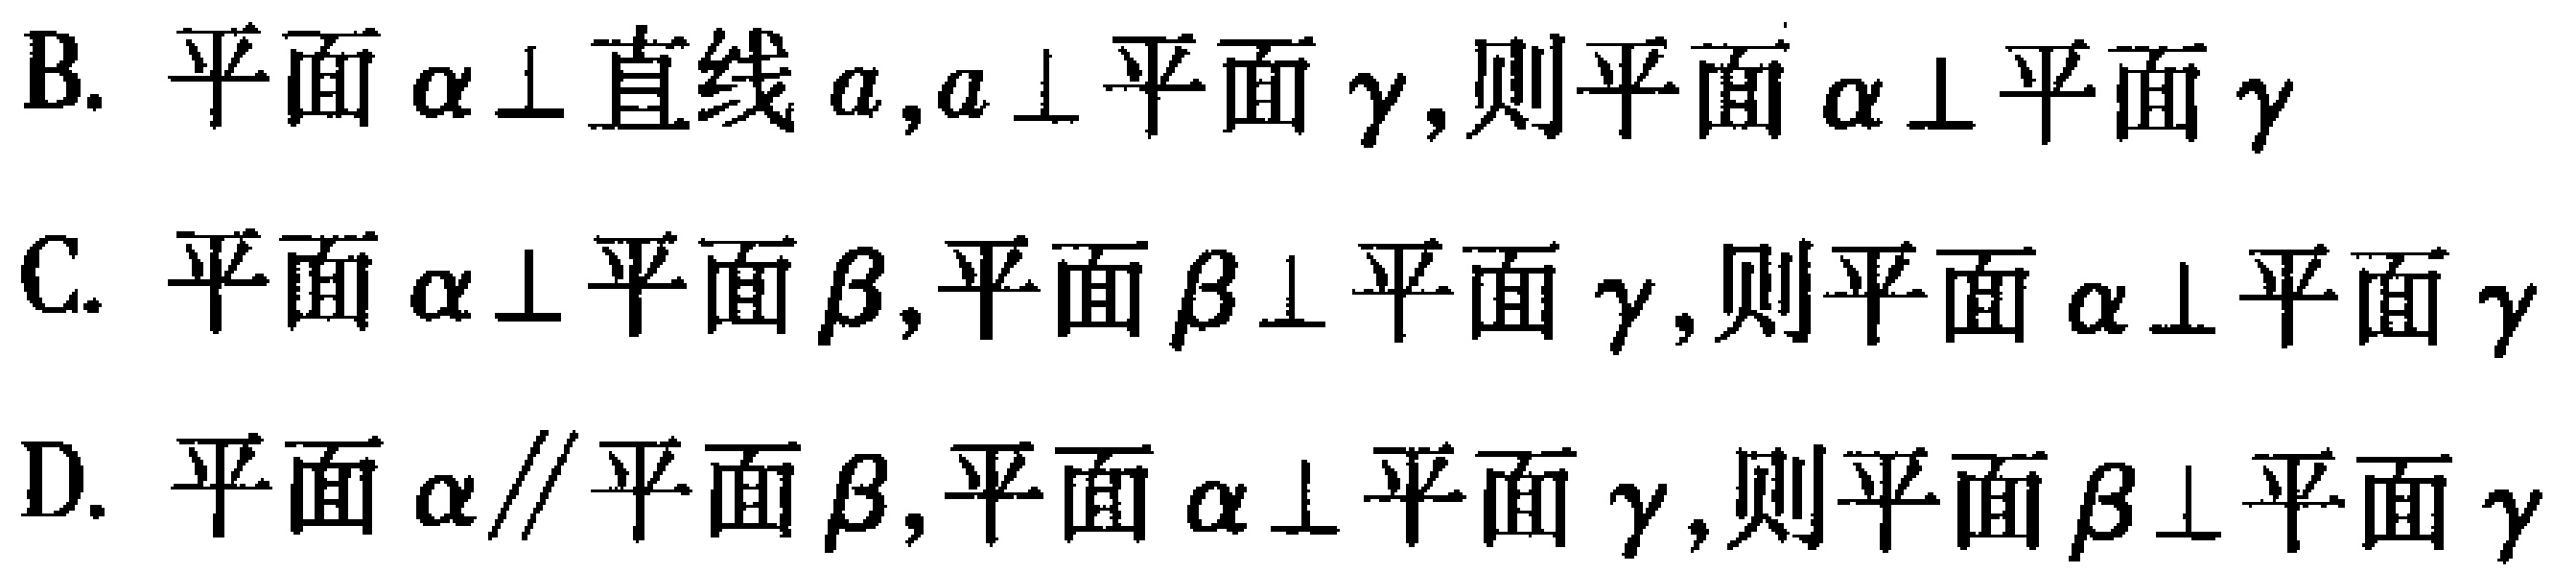
B. 平面\(\alpha\perp\)直线\(a\),\(a\perp\)平面\(\gamma\),则平面\(\alpha\perp\)平面\(\gamma\)
C. 平面\(\alpha\perp\)平面\(\beta\),平面\(\beta\perp\)平面\(\gamma\),则平面\(\alpha\perp\)平面\(\gamma\)
D. 平面\(\alpha\parallel\)平面\(\beta\),平面\(\alpha\perp\)平面\(\gamma\),则平面\(\beta\perp\)平面\(\gamma\)